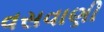
વસવાણી